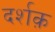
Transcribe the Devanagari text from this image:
दर्शक़